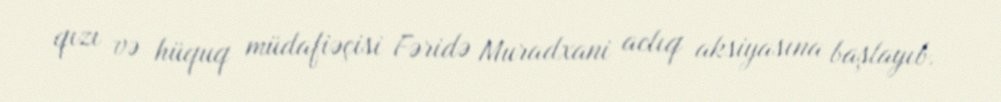
qızı və hüquq müdafiəçisi Fəridə Muradxani aclıq aksiyasına başlayıb.